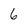
Character: 6